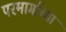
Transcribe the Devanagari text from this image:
परमार्गाच्या